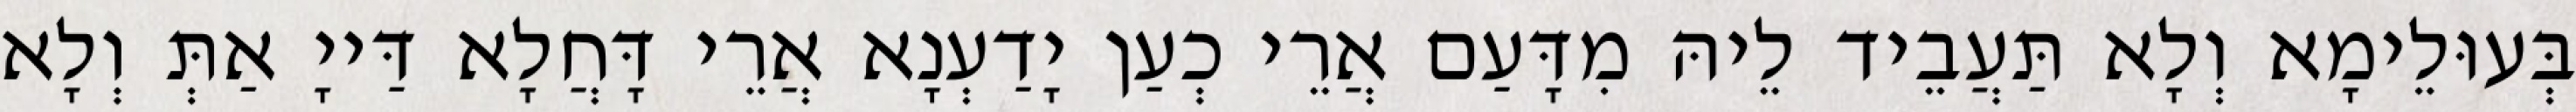
בְּעוּלֵימָא וְלָא תַּעֲבֵיד לֵיהּ מִדָּעַם אֲרֵי כְעַן יָדַעְנָא אֲרֵי דָּחֲלָא דַּייָ אַתְּ וְלָא